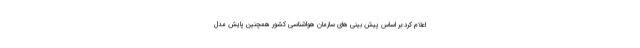
اعلام کرد:بر اساس پیش بینی های سازمان هواشناسی کشور همچنین پایش مدل